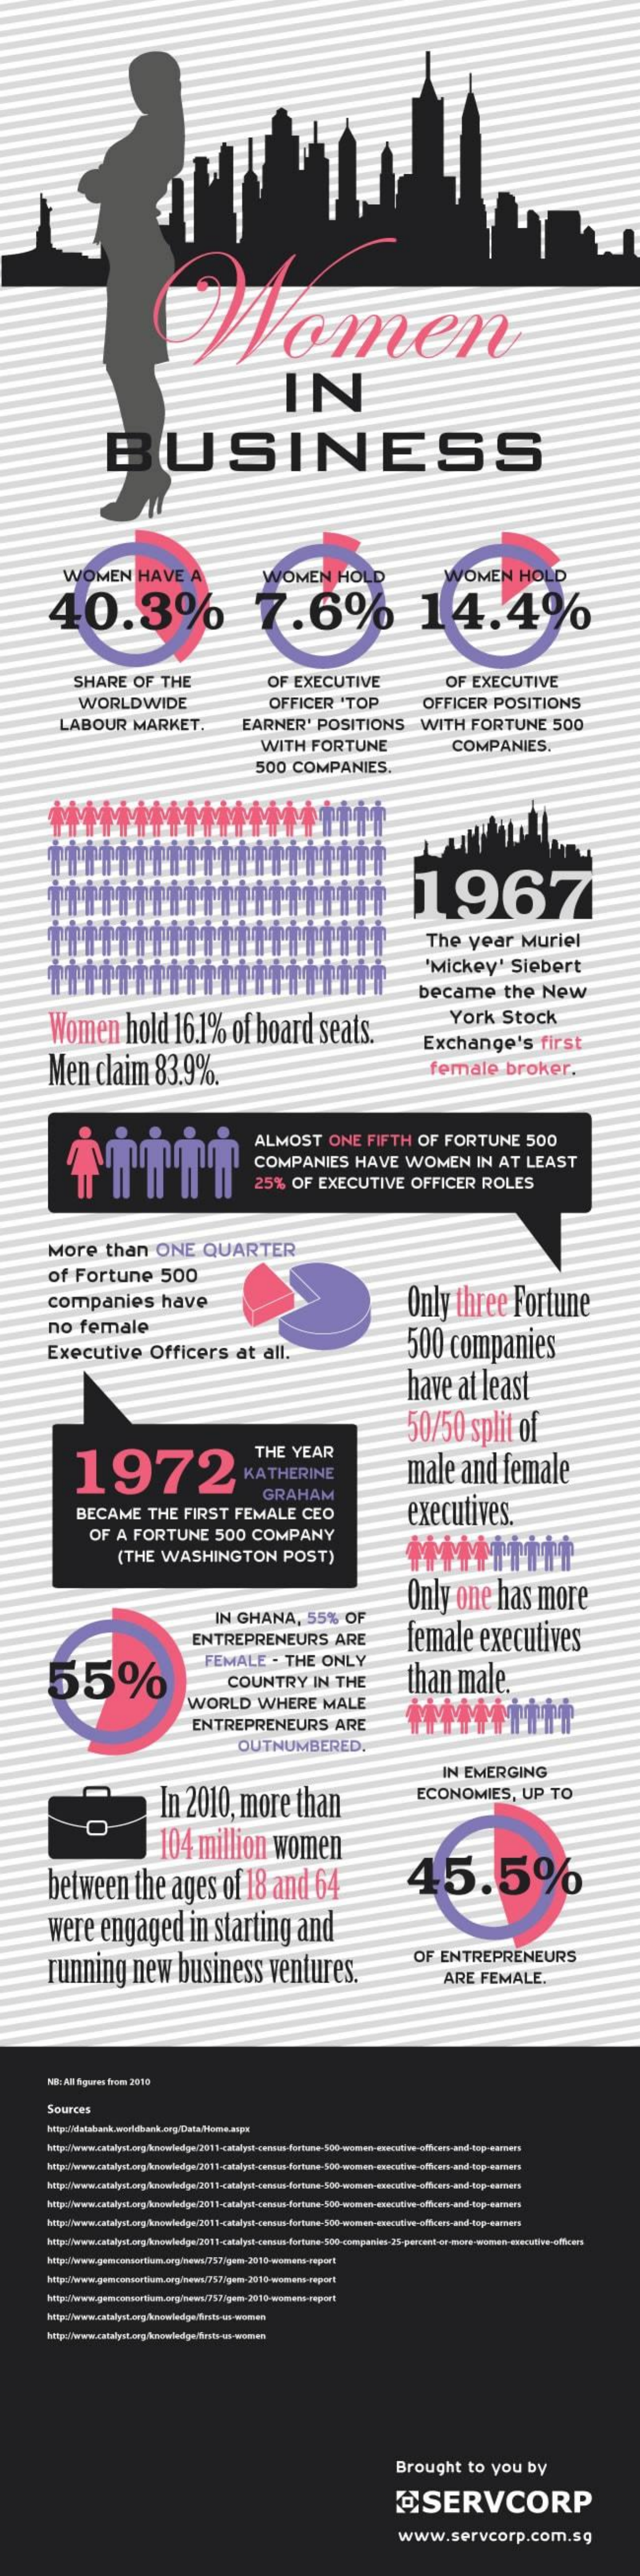
Women
     IN
     BUSINESS
     WOMEN    HAVE    A    HOL
     40.3%
     VOMEN    HO
     7.6%    14.4%
     WOMEN
     SHARE    OF    THE    OF   EXECUTIVE    OF    EXECUTIVE
     WORLDWIDE    OFFICER    "TOP    OFFICER    POSITIONS
     LABOUR    MARKET,    EARNER'    POSITIONS    WITH    FORTUNE    500
     WITH    FORTUNE    COMPANIES.
     500    COMPANIES.
     1967
     The    year    Muriel
     'Mickey'    Siebert
     became    the    New
     Women    hold    16.1%    of   board    seats.
     York    Stock
     Men    claim    83.9%.
     Exchange's    first
     female    broker.
     ALMOST    ONE    FIFTH    OF    FORTUNE    500
     COMPANIES    HAVE    WOMEN    IN   AT    LEAST
     25%    OF   EXECUTIVE    OFFICER    ROLES
     More    than    ONE    QUARTER
     of   Fortune    500
     companies    have    Only    three    Fortune
     no    female
     Executive    Officers    at    all.    500    companies
     have    at    least
     1972
     50/50    split    of
     THE    YEAR
     male    and    female
     GRAHAM
     BECAME    THE    FIRST    FEMALE    CEO    executives.
     OF    A  FORTUNE    500    COMPANY
     (THE    WASHINGTON    POST)
     Only    one    has    more
     IN   GHANA,    55%    OF
     ENTREPRENEURS    ARE    female    executives
     55%
     FEMALE    .  THE    ONLY
     COUNTRY    IN    THE    than    male.
     WORLD    WHERE    MALE
     ENTREPRENEURS    ARE
     OUTNUMBERED,
     In  2010,    more    than
     IN  EMERGING
     ECONOMIES,    UP    TO
     O
     104    million    women
     between    the    ages    of    18   and    64    45.5%
     were    engaged    in   starting    and
     running    new    business    ventures.
     OF   ENTREPRENEURS
     ARE    FEMALE.
     NR: All figures from 2016
     Sources
     http://www.catalyst.org.knowledge/2011-catalyst-census-fortune-500-
     http://www.genconsortium.org/news/757/gem-2010-womens-sport
     http://www.catalyst.org/knowledge/first-as-wonen
     Brought    to   you    by
     @SERVCORP
     www.servcorp.com.sg